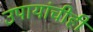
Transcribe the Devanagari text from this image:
उपायांचीही